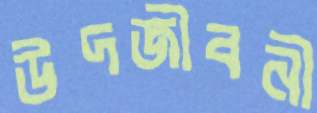
উদজীবনী